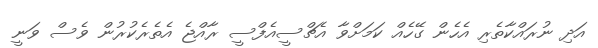
އަދި ނުރައްކާތެރި އެހެން ގޭހެއް ކަމަށްވާ އެޗްސީއެފްސީ ރާއްޖެ އެތެރެކުރުން ވެސް ވަނީ